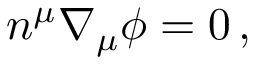
n ^ { \mu } \nabla _ { \mu } \phi = 0 \, ,